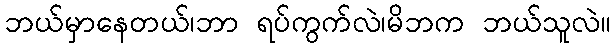
ဘယ်မှာနေတယ်၊ဘာ ရပ်ကွက်လဲ၊မိဘက ဘယ်သူလဲ။